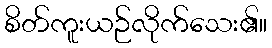
စိတ်ကူးယဉ်လိုက်သေး၏။